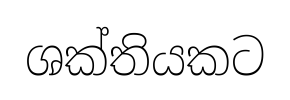
ශක්තියකට